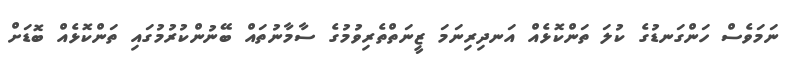
ނަމަވެސް ހަންގަނޑުގެ ކުލަ ތަންކޮޅެއް އަނދިރިނަމަ ޒީނަތްތެރިވުމުގެ ސާމާނުތައް ބޭނުންކުރުމުގައި ތަންކޮޅެއް ބޮޑަށް